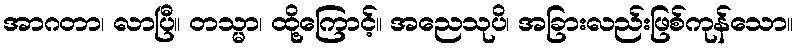
အာဂတာ၊ လာပြီ။ တသ္မာ၊ ထို့ကြောင့်။ အညေသုပိ၊ အခြားလည်းဖြစ်ကုန်သော။